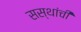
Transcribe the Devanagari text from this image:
सस्थांची